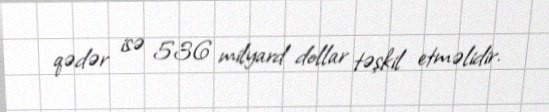
qədər isə 536 milyard dollar təşkil etməlidir.